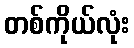
တစ်ကိုယ်လုံး